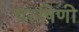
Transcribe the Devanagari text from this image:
परुषिणी